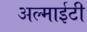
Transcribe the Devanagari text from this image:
अल्माईटी